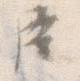
臣